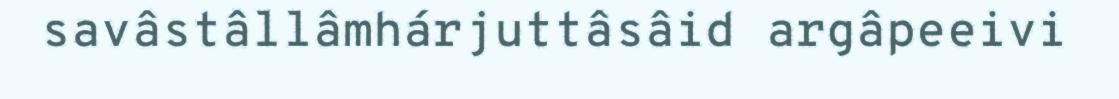
savâstâllâmhárjuttâsâid argâpeeivi